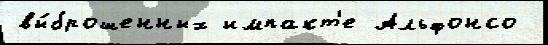
вы́брошенных импакт'е Альфонсо